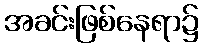
အခင်းဖြစ်နေရာ၌